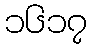
၁၆၁၇